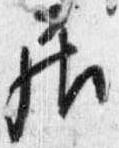
居